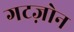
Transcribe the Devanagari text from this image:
गटज़ोन